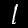
Digit: 1